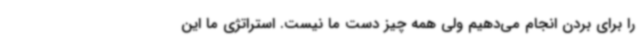
را برای بردن انجام می‌دهیم ولی همه چیز دست ما نیست. استراتژی ما این